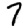
Digit: 7